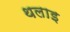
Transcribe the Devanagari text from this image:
थलाइ